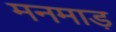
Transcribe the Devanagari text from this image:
मनमाड़